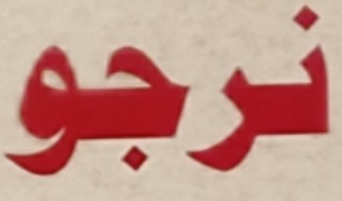
نرجو